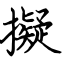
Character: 擬